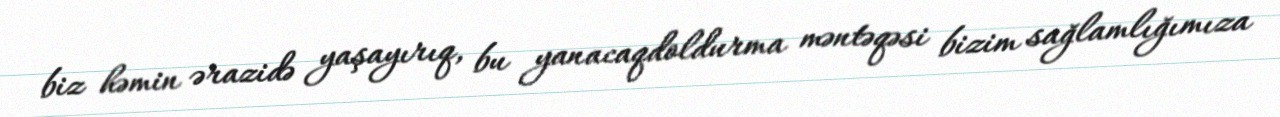
biz həmin ərazidə yaşayırıq, bu yanacaqdoldurma məntəqəsi bizim sağlamlığımıza